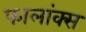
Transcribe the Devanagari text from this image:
फालांक्स